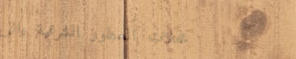
محلات العطور الشرقية والر